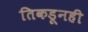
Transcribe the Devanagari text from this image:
तिकडूनही